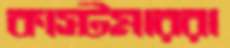
কাস্টমাররা